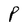
Character: P